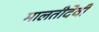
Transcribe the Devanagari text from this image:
मालतीदेवी